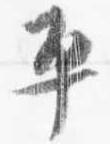
平